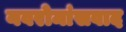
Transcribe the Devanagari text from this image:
नवरोमांसवाद